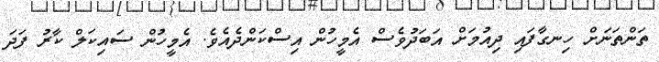
ތަންތަނަށް ހިނގާފައި ދިއުމަށް އަބަދުވެސް އެމީހުން އިސްކަންދެއެވެ. އެމީހުން ސައިކަލް ކާރު ފަދަ